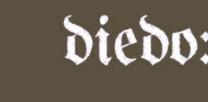
diedo: